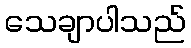
သေချာပါသည်